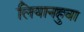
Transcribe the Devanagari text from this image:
लियानहुवा